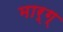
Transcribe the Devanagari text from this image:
मार्ग्